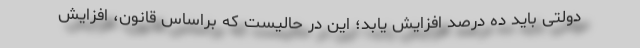
دولتی باید ده درصد افزایش یابد؛ این در حالیست که براساس قانون، افزایش